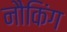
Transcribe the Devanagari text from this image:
नौकिंग